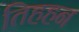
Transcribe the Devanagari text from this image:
तिहहन